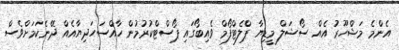
އެންމެ މަޝްހޫރު އެއް ސޯޝަލް މީޑިޔާ ޕްލެޓްފޯމް ވެއިބޯގައި ޕޯސްޓްކުރުމުން ހާއްސަހަދިޔާއެއް ދޭނެކަމަށްވެސް